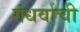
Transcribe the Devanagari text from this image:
गंधर्वाची